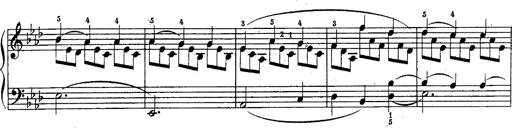
Title: Schubert's Impromptus [revised and edited by Franz Liszt]
Composer: Franz Liszt